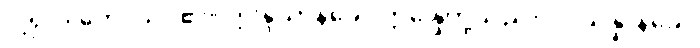
ငါ့ရှင်။ တေ၊ သင်၏။ ဣန္ဒြိယာနိခေါ၊ ဣန္ဒြေတို့သည်။ ဝိပ္ပသန္နာနိခေါ၊